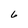
Character: 6